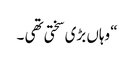
“ وہاں بڑی سختی تھی ۔